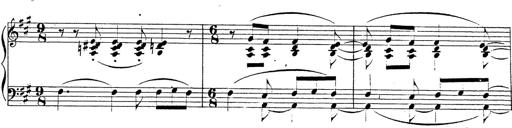
Title: Chanson bohÃ©mienne
Composer: Franz Liszt